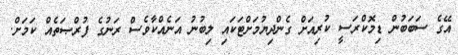
އޭގެ ސަބަބުން ޑިމޮކްރަސީ ކުރިއަށް ގެންދިޔުމަށްޓަކައި ލިބުނު އަނެއްކާވެސް ރަނުގެ ފުރްޞަތެއް ކަމަށް.